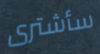
سأشترى